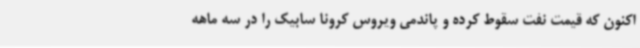
اکنون که قیمت نفت سقوط کرده و پاندمی ویروس کرونا سابیک را در سه ماهه